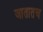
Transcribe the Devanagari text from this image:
जातातच